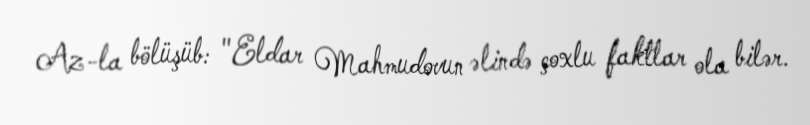
Az-la bölüşüb: "Eldar Mahmudovun əlində çoxlu faktlar ola bilər.